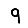
Digit: 9